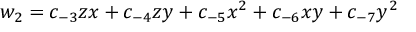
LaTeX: w _ { 2 } = c _ { - 3 } z x + c _ { - 4 } z y + c _ { - 5 } x ^ { 2 } + c _ { - 6 } x y + c _ { - 7 } y ^ { 2 }